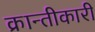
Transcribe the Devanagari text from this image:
क्रान्तीकारी